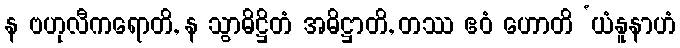
န ဗဟုလီကရောတိ, န သွာဓိဋ္ဌိတံ အဓိဋ္ဌာတိ, တဿ ဧဝံ ဟောတိ ‘ယံနူနာဟံ